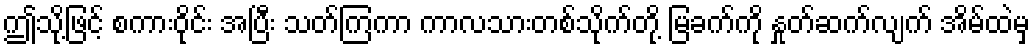
ဤသို့ဖြင့် စကားဝိုင်း အပြီး သတ်ကြကာ ကာလသားတစ်သိုက်တို့ မြခက်ကို နှုတ်ဆက်လျက် အိမ်ထဲမှ